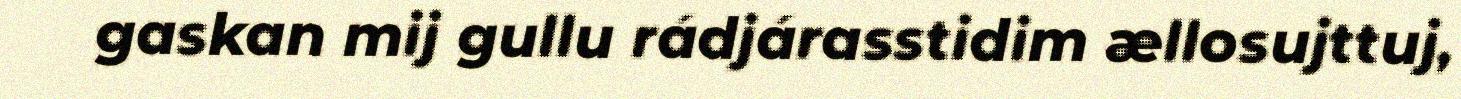
gaskan mij gullu rádjárasstidim ællosujttuj,